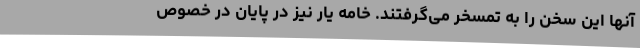
آنها این سخن را به تمسخر می‌گرفتند. خامه یار نیز در پایان در خصوص